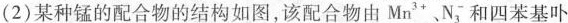
(2)某种锰的配合物的结构如图，该配合物由Mn3+N；和四苯基卟